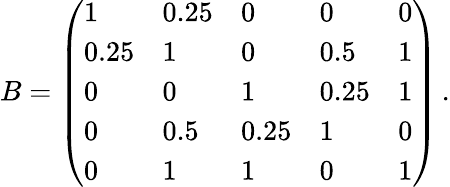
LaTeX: B=\left(\begin{array}{lllll}{1}&{0.25}&{0}&{0}&{0}\\ {0.25}&{1}&{0}&{0.5}&{1}\\ {0}&{0}&{1}&{0.25}&{1}\\ {0}&{0.5}&{0.25}&{1}&{0}\\ {0}&{1}&{1}&{0}&{1}\end{array}\right)\, .